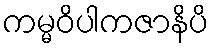
ကမ္မဝိပါကဇာနိပိ